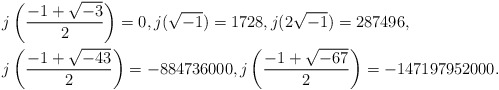
\begin{align*}&j\left(\frac{-1+\sqrt{-3}}{2}\right)=0, j(\sqrt{-1})=1728, j(2\sqrt{-1})=287496,\\&j\left(\frac{-1+\sqrt{-43}}{2}\right)=-884736000, j\left(\frac{-1+\sqrt{-67}}{2}\right)=-147197952000. \end{align*}